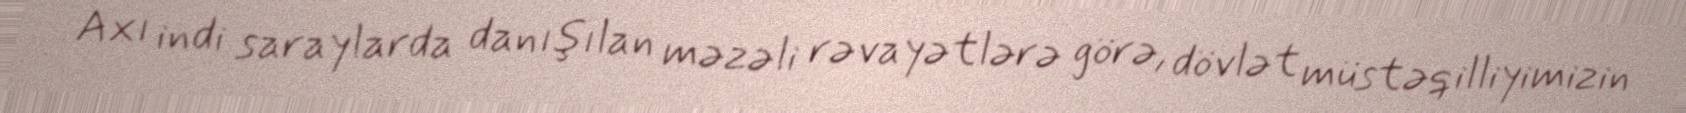
Axı indi saraylarda danışılan məzəli rəvayətlərə görə, dövlət müstəqilliyimizin